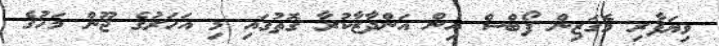
ވިޔަފާރި މެގަޒިން ފޯބްސް އިން އަންދާޒާކުރާ ގޮތުގައި މި އަހަރުގެ ޖޫން މަހުގެ